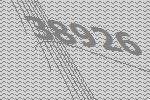
38926